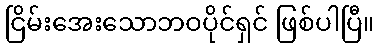
ငြိမ်းအေးသောဘဝပိုင်ရှင် ဖြစ်ပါပြီ။